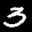
Label: 3